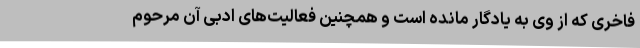
فاخری که از وی به یادگار مانده است و همچنین فعالیت‌های ادبی آن مرحوم